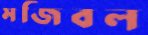
মজিবল